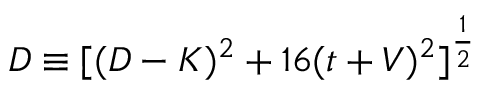
D \equiv [ ( D - K ) ^ { 2 } + 1 6 ( t + V ) ^ { 2 } ] ^ { \frac { 1 } { 2 } }